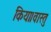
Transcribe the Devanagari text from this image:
किया।वास्तु